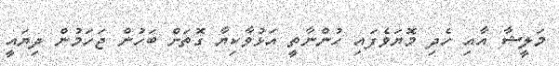
މަލީޝާ އާއި ހެދި މޮޔަވެފައި ހުންނާތީ އަޅުވާކިޔާ ގޮތަށް ބަހުން ޖަހަމުން ދިޔައީ